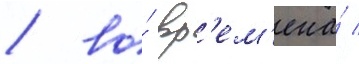
/ во́ вр'ем'ена́ /